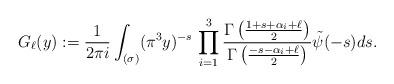
LaTeX: \begin{align*} G_{\ell}(y) := \frac{1}{2\pi i} \int_{(\sigma)} (\pi^3 y)^{-s} \, \prod_{i=1}^{3} \frac{\Gamma\left(\frac{1+s+{\bf \alpha}_{i}+ \ell}{2}\right)}{\Gamma\left(\frac{-s-{\bf \alpha}_{i}+ \ell}{2}\right)} \tilde \psi(-s)ds. \end{align*}